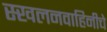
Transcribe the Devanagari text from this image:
स्खलनवाहिनीचे